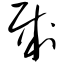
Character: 贼